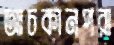
আচকানপরা